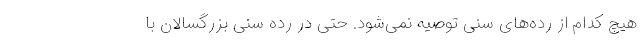
هیچ کدام از رده‌های سنی توصیه نمی‌شود. حتی در رده سنی بزرگسالان با